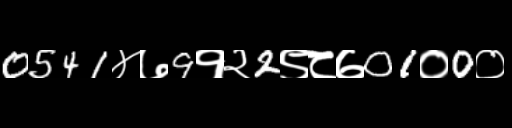
Text: 0541४७9१२2९८७01०0०